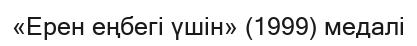
«Ерен еңбегі үшін» (1999) медалі